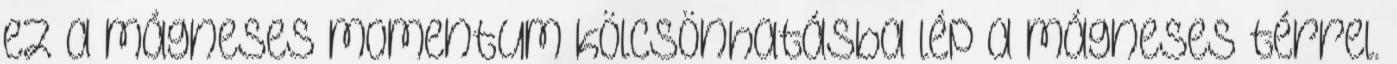
ez a mágneses momentum kölcsönhatásba lép a mágneses térrel.